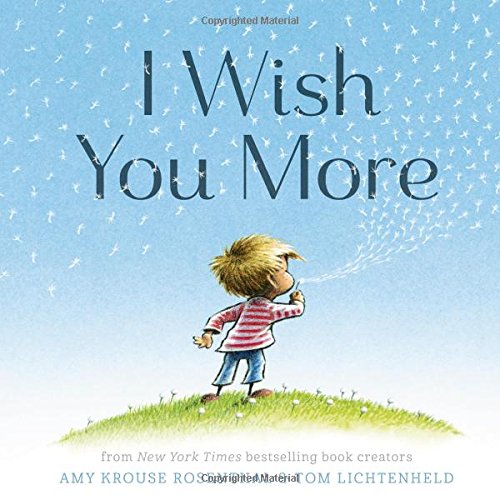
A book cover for I Wish You More; Amy Krouse Rosenthal; Children's Books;